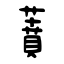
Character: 蕡